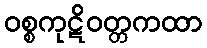
ဝစ္စကုဋိဝတ္တကထာ